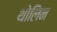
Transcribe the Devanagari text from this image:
थोलिन